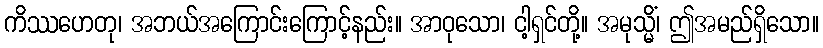
ကိဿဟေတု၊ အဘယ်အကြောင်းကြောင့်နည်း။ အာဝုသော၊ ငါ့ရှင်တို့။ အမုသ္မိံ၊ ဤအမည်ရှိသော။